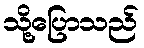
သို့ပြောသည်